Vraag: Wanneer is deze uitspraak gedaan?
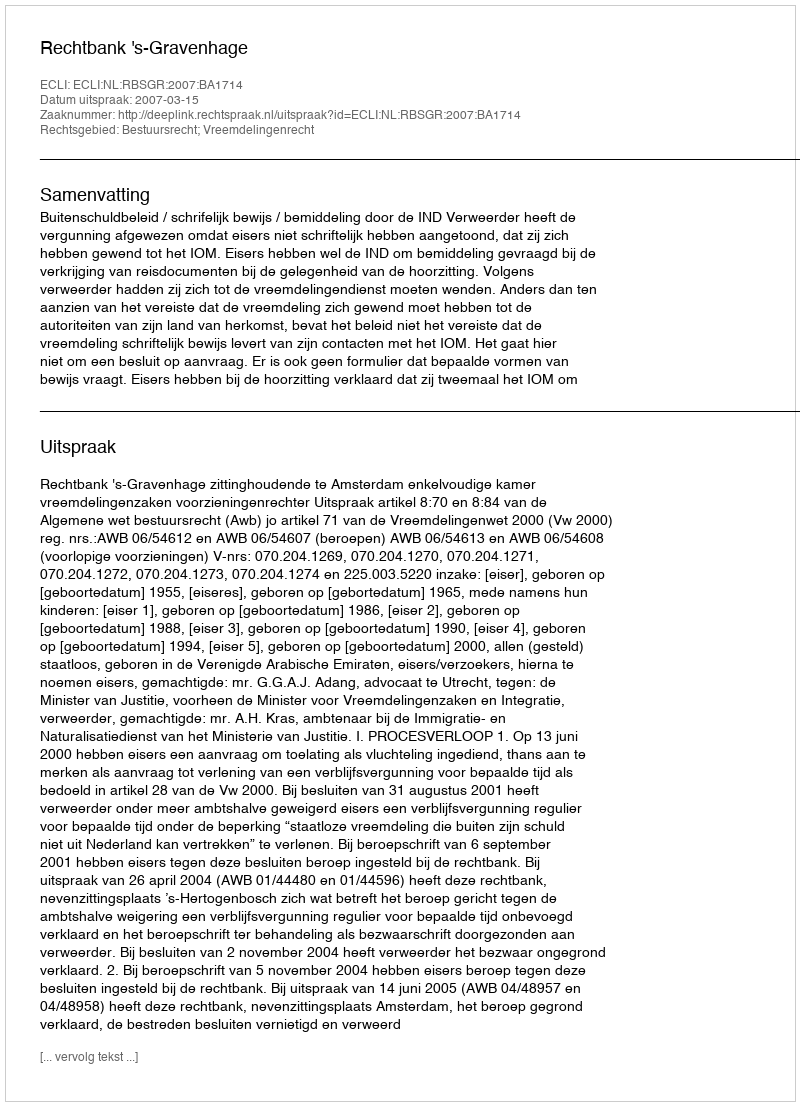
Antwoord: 2007-03-15